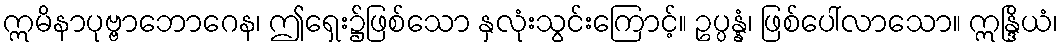
ဣမိနာပုဗ္ဗာဘောဂေန၊ ဤရှေး၌ဖြစ်သော နှလုံးသွင်းကြောင့်။ ဥပ္ပန္နံ၊ ဖြစ်ပေါ်လာသော။ ဣန္ဒြိယံ၊